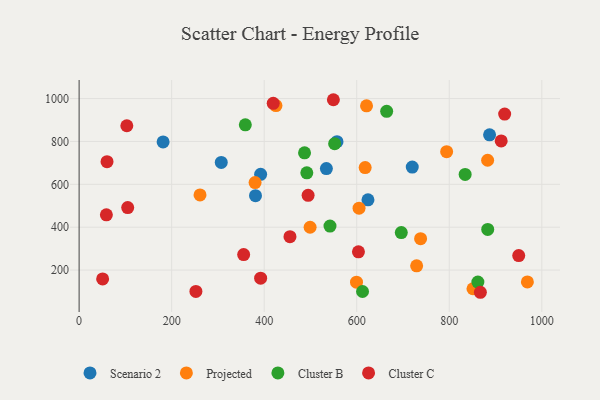
{"axis": {"x": "Price", "y": "Demand"}, "legend": ["Cluster B", "Cluster C", "Projected", "Scenario 2"], "data": [{"x": "557.3", "y": 798.8, "type": "Scenario 2"}, {"x": "307.2", "y": 702.1, "type": "Scenario 2"}, {"x": "624.3", "y": 527.9, "type": "Scenario 2"}, {"x": "720.0", "y": 680.7, "type": "Scenario 2"}, {"x": "181.5", "y": 797.9, "type": "Scenario 2"}, {"x": "381.2", "y": 546.9, "type": "Scenario 2"}, {"x": "392.3", "y": 646.6, "type": "Scenario 2"}, {"x": "887.1", "y": 830.8, "type": "Scenario 2"}, {"x": "534.4", "y": 673.7, "type": "Scenario 2"}, {"x": "729.5", "y": 219.6, "type": "Projected"}, {"x": "380.3", "y": 608.1, "type": "Projected"}, {"x": "882.9", "y": 712.4, "type": "Projected"}, {"x": "599.5", "y": 143.7, "type": "Projected"}, {"x": "968.8", "y": 144.7, "type": "Projected"}, {"x": "794.3", "y": 752.4, "type": "Projected"}, {"x": "738.0", "y": 346.6, "type": "Projected"}, {"x": "851.2", "y": 112.9, "type": "Projected"}, {"x": "621.2", "y": 966.4, "type": "Projected"}, {"x": "261.3", "y": 550.4, "type": "Projected"}, {"x": "618.2", "y": 678.1, "type": "Projected"}, {"x": "425.4", "y": 967.3, "type": "Projected"}, {"x": "605.0", "y": 488.6, "type": "Projected"}, {"x": "499.2", "y": 399.7, "type": "Projected"}, {"x": "612.5", "y": 100.0, "type": "Cluster B"}, {"x": "834.3", "y": 646.0, "type": "Cluster B"}, {"x": "664.7", "y": 940.8, "type": "Cluster B"}, {"x": "883.1", "y": 389.8, "type": "Cluster B"}, {"x": "359.2", "y": 877.5, "type": "Cluster B"}, {"x": "696.3", "y": 375.1, "type": "Cluster B"}, {"x": "487.2", "y": 747.2, "type": "Cluster B"}, {"x": "492.1", "y": 653.9, "type": "Cluster B"}, {"x": "861.8", "y": 144.0, "type": "Cluster B"}, {"x": "552.3", "y": 789.7, "type": "Cluster B"}, {"x": "542.2", "y": 405.1, "type": "Cluster B"}, {"x": "355.6", "y": 272.3, "type": "Cluster C"}, {"x": "58.9", "y": 457.9, "type": "Cluster C"}, {"x": "419.5", "y": 977.9, "type": "Cluster C"}, {"x": "60.3", "y": 705.6, "type": "Cluster C"}, {"x": "603.7", "y": 285.0, "type": "Cluster C"}, {"x": "912.2", "y": 802.7, "type": "Cluster C"}, {"x": "103.1", "y": 873.2, "type": "Cluster C"}, {"x": "455.7", "y": 356.0, "type": "Cluster C"}, {"x": "867.2", "y": 96.4, "type": "Cluster C"}, {"x": "105.0", "y": 491.6, "type": "Cluster C"}, {"x": "252.4", "y": 100.4, "type": "Cluster C"}, {"x": "950.1", "y": 267.8, "type": "Cluster C"}, {"x": "50.8", "y": 158.9, "type": "Cluster C"}, {"x": "494.9", "y": 548.7, "type": "Cluster C"}, {"x": "919.7", "y": 927.6, "type": "Cluster C"}, {"x": "549.5", "y": 994.7, "type": "Cluster C"}, {"x": "392.3", "y": 162.4, "type": "Cluster C"}]}